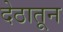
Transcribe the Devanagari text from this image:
देठातून